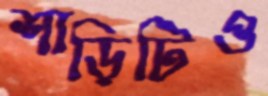
শাড়িটিও